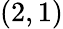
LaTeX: (2,1)